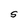
Character: S